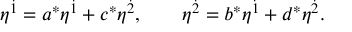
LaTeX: \eta ^ { \dot { 1 } } = a ^ { \ast } \eta ^ { \dot { 1 } } + c ^ { \ast } \eta ^ { \dot { 2 } } , \qquad \eta ^ { \dot { 2 } } = b ^ { \ast } \eta ^ { \dot { 1 } } + d ^ { \ast } \eta ^ { \dot { 2 } } .